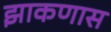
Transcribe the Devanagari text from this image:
झाकणास